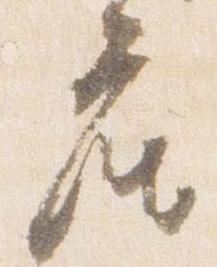
座